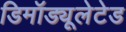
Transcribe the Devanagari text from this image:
डिमॉड्यूलेटेड